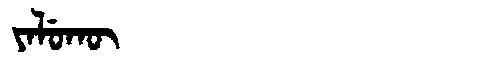
Manchu: ᠶᠠᠯᡠᡴᡡ
Romanization: YALUKŪ